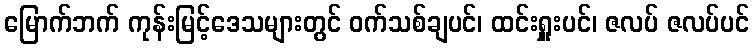
မြောက်ဘက် ကုန်းမြင့်ဒေသများတွင် ဝက်သစ်ချပင်၊ ထင်းရှူးပင်၊ ဇလပ် ဇလပ်ပင်